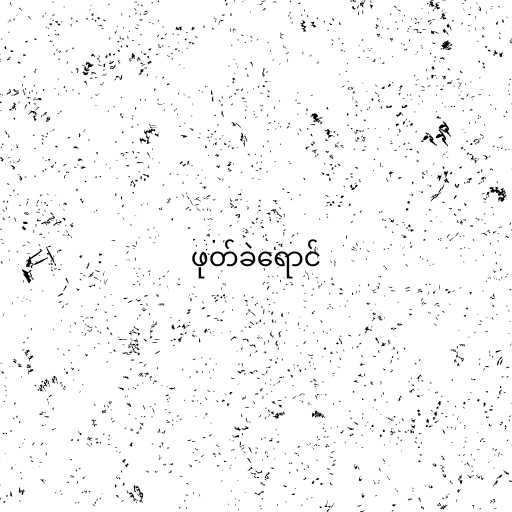
ဖုတ်ခဲရောင်